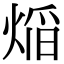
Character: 㷔